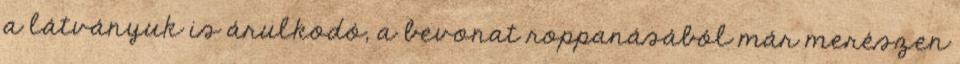
a látványuk is árulkodó, a bevonat roppanásából már merészen